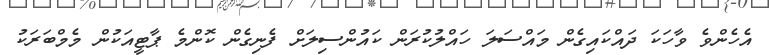
އެހެންވެ ވާހަކަ ދައްކައިގެން މައްސަލަ ހައްލުކުރަން ކައުންސިލަށް ފެނިގެން ކޮންމެ ޕާޓީއަކުން މެމްބަރަކު